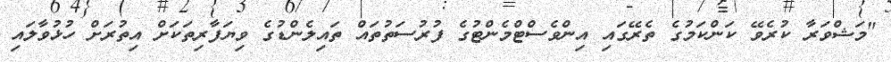
"މަޝްވަރާ ކުރެވޭ ކަންކަމުގެ ތެރޭގައި އިންވެސްޓްމެންޓުގެ ފުރުސަތުތައް ތައިލެންޑުގެ ވިޔަފާރިތަކަށް އިތުރަށް ހުޅުވާލައި